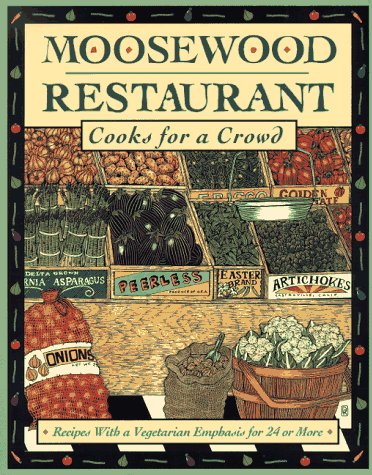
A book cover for Moosewood Restaurant Cooks for a Crowd: Recipes with a Vegetarian Emphasis for 24 or More; The Moosewood Collective; Cookbooks, Food & Wine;